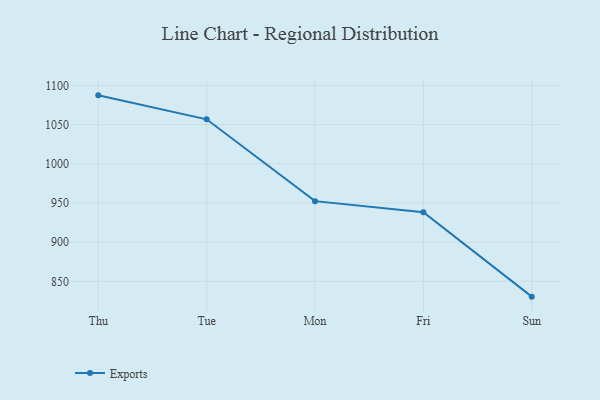
{"axis": {"x": "Day", "y": "Waste Production (Tons)"}, "legend": ["Exports"], "data": [{"x": "Thu", "y": 1087.5, "type": "Exports"}, {"x": "Tue", "y": 1056.9, "type": "Exports"}, {"x": "Mon", "y": 952.4, "type": "Exports"}, {"x": "Fri", "y": 938.3, "type": "Exports"}, {"x": "Sun", "y": 830.4, "type": "Exports"}]}